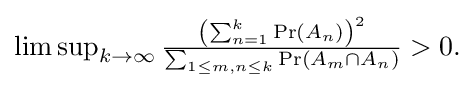
{\textstyle \limsup _{k\to \infty }{\frac {\left(\sum _{n=1}^{k}\Pr(A_{n})\right)^{2}}{\sum _{1\leq m,n\leq k}\Pr(A_{m}\cap A_{n})}}>0.}